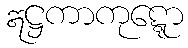
ဣဋ္ဌကာကုဋ္ဋော